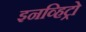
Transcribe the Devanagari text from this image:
इनव्हिट्रो